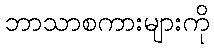
ဘာသာစကားများကို